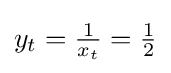
{\textstyle y_{t}={\frac {1}{x_{t}}}={\frac {1}{2}}}